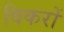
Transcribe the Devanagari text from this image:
विकरों